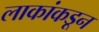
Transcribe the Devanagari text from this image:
लाकांकडून